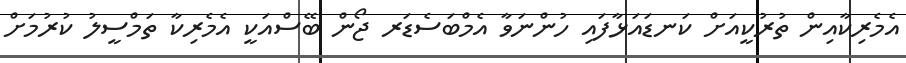
އެމެރިކާއިން ތުރުކީއަށް ކަނޑައަޅާފައި ހުންނަވާ އެމްބަސެޑަރ ޖޯން ބޭސްއަކީ އެމެރިކާ ތަމްސީލު ކުރުމަށް